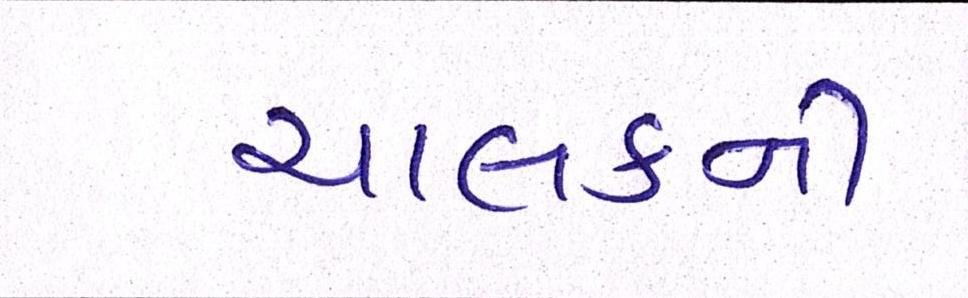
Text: ચાલકની